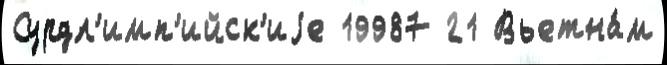
Сурдл'имп'ийск'иjе 19987 21 Вьетна́м